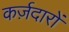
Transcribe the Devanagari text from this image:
कर्ज़दारों